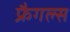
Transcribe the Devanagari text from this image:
फ्रैगल्स